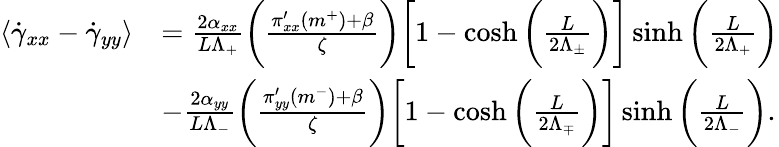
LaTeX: \begin{array}{rl}{\langle\dot{\gamma}_{xx}-\dot{\gamma}_{yy}\rangle}&{=\frac{2\alpha_{xx}}{L\Lambda_{+}}\bigg(\frac{\pi_{xx}^{\prime}(m^{+})+\beta}{\zeta}\bigg)\bigg[1-\cosh\bigg(\frac{L}{2\Lambda_{\pm}}\bigg)\bigg]\sinh\bigg(\frac{L}{2\Lambda_{+}}\bigg)}\\ &{-\frac{2\alpha_{yy}}{L\Lambda_{-}}\bigg(\frac{\pi_{yy}^{\prime}(m^{-})+\beta}{\zeta}\bigg)\bigg[1-\cosh\bigg(\frac{L}{2\Lambda_{\mp}}\bigg)\bigg]\sinh\bigg(\frac{L}{2\Lambda_{-}}\bigg).}\end{array}